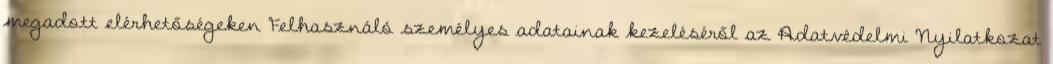
megadott elérhetőségeken Felhasználó személyes adatainak kezeléséről az Adatvédelmi Nyilatkozat